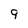
Character: 9